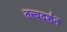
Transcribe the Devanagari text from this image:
तत्त्वदर्शन